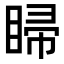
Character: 𥇳